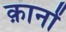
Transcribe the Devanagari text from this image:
क़ानों